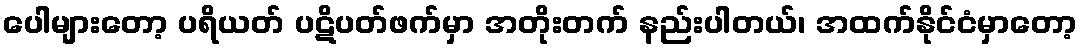
ပေါများတော့ ပရိယတ် ပဋိပတ်ဖက်မှာ အတိုးတက် နည်းပါတယ်၊ အထက်နိုင်ငံမှာတော့